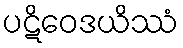
ပဋိဝေဒယိဿံ